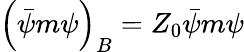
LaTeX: \left({\bar{\psi}}m\psi\right)_{B}=Z_{0}{\bar{\psi}}m\psi